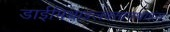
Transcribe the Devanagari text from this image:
डाईमिथाइलक्सानथाइंस